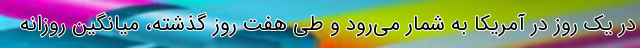
در یک روز در آمریکا به شمار می‌رود و طی هفت روز گذشته، میانگین روزانه